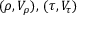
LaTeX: ( \rho , V _ { \rho } ) , \, ( \tau , V _ { \tau } )